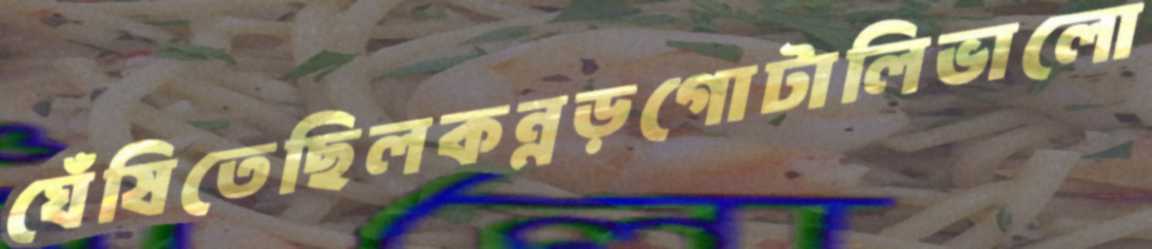
ঘেঁষিতেছিলকন্নড়গোটালিভালো